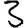
Digit: 3